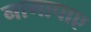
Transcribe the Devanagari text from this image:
नागापाए